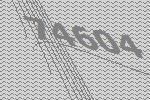
74604